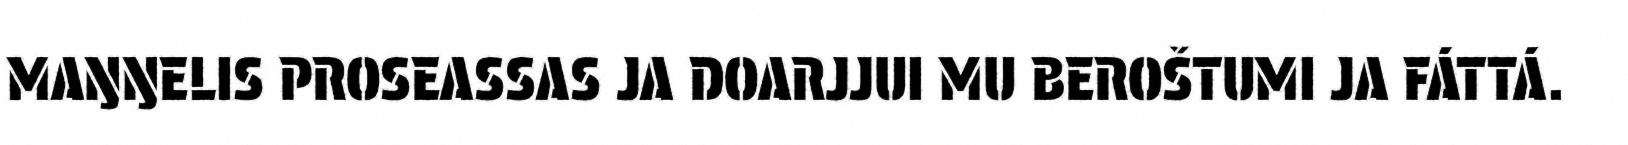
MAŊŊELIS PROSEASSAS JA DOARJJUI MU BEROŠTUMI JA FÁTTÁ.